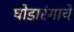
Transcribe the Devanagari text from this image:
घोडारंगाचे